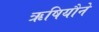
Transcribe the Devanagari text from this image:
ऋषियौने